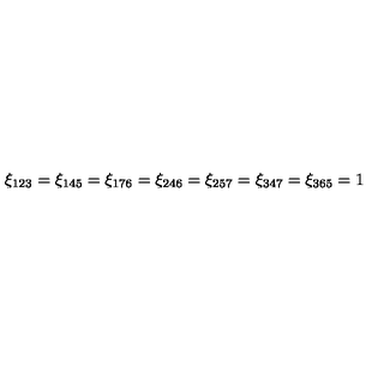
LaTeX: \xi _ { 1 2 3 } = \xi _ { 1 4 5 } = \xi _ { 1 7 6 } = \xi _ { 2 4 6 } = \xi _ { 2 5 7 } = \xi _ { 3 4 7 } = \xi _ { 3 6 5 } = 1